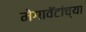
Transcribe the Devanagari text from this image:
मेगावॅटांच्या